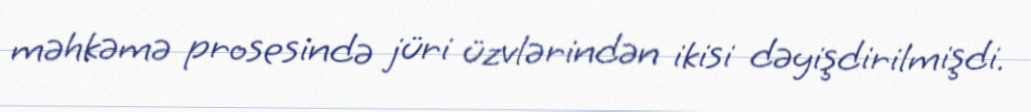
məhkəmə prosesində jüri üzvlərindən ikisi dəyişdirilmişdi.